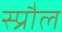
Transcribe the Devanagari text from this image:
स्प्रौल